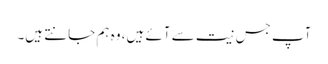
آپ جس نیت سے آئے ہیں، وہ ہم جانتے ہیں۔